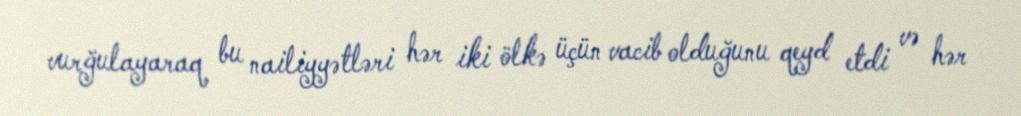
vurğulayaraq bu nailiyyətləri hər iki ölkə üçün vacib olduğunu qeyd etdi və hər